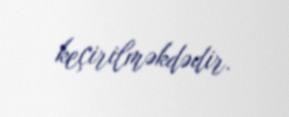
keçirilməkdədir.